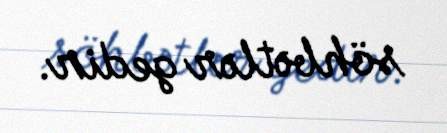
söhbətlər gedir.